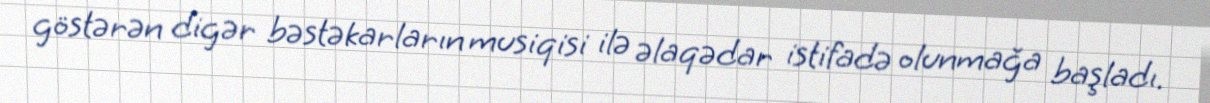
göstərən digər bəstəkarların musiqisi ilə əlaqədar istifadə olunmağa başladı.